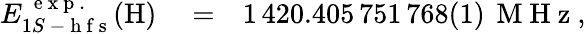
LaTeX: \begin{array}{rlr}{E_{1S\mathrm{~-~h~f~s~}}^{\, \mathrm{~e~x~p~.~}}(\mathrm{H})}&{{}=}&{1\, 420.405\, 751\, 768(1)\, \mathrm{~M~H~z~},}\end{array}